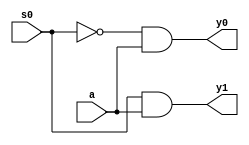
`timescale 1ns / 1ps
//////////////////////////////////////////////////////////////////////////////////
// Company: 
// Engineer: 
// 
// Design Name: 
// Module Name:    one_two_demux 
// Project Name: 
// Target Devices: 
// Tool versions: 
// Description: 
//
// Dependencies: 
//
// Revision: 
// Revision 0.01 - File Created
// Additional Comments: 
//
//////////////////////////////////////////////////////////////////////////////////
module one_two_demux(y0,y1,a,s0);
input a,s0;
output y0,y1;
and(y0,~(s0),a);
and(y1,s0,a);
endmodule